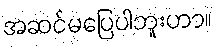
အဆင်မပြေပါဘူးဟာ။